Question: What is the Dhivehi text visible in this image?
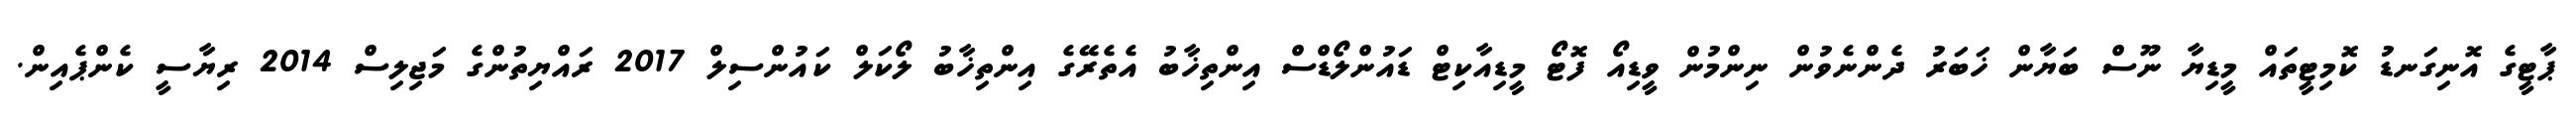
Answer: ޕާޓީގެ އޮނިގަނޑު ކޮމިޓީތައް މީޑިޔާ ނޫސް ބަޔާން ޚަބަރު ދެންނެވުން ނިންމުން ވީޑިއޯ ފޮޓޯ މީޑިއާކިޓް ޑައުންލޯޑްސް އިންތިޚާބު އެތެރޭގެ އިންތިޚާބު ލޯކަލް ކައުންސިލް 2017 ރައްޔިތުންގެ މަޖިލިސް 2014 ރިޔާސީ ކެންޕެއިން.